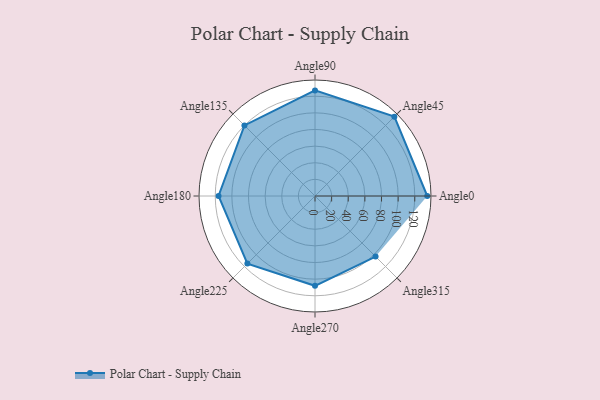
{"axis": {"x": "Angle", "y": "Radius"}, "legend": [""], "data": [{"x": "Angle0", "y": 135.0, "type": ""}, {"x": "Angle45", "y": 135.0, "type": ""}, {"x": "Angle90", "y": 127.0, "type": ""}, {"x": "Angle135", "y": 120.0, "type": ""}, {"x": "Angle180", "y": 116.0, "type": ""}, {"x": "Angle225", "y": 115.0, "type": ""}, {"x": "Angle270", "y": 108.0, "type": ""}, {"x": "Angle315", "y": 103.0, "type": ""}]}